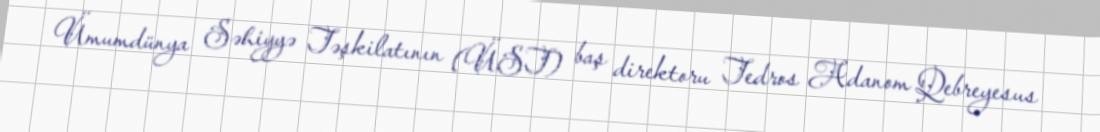
Ümumdünya Səhiyyə Təşkilatının (ÜST) baş direktoru Tedros Adanom Qebreyesus